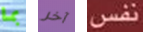
بما آخر نفس